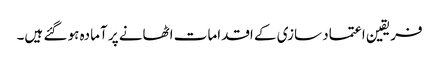
فریقین اعتماد سازی کے اقدامات اٹھانے پر آمادہ ہو گئے ہیں۔